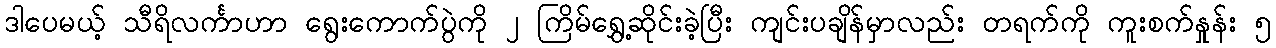
ဒါပေမယ့် သီရိလင်္ကာဟာ ရွေးကောက်ပွဲကို ၂ ကြိမ်ရွှေ့ဆိုင်းခဲ့ပြီး ကျင်းပချိန်မှာလည်း တရက်ကို ကူးစက်နှုန်း ၅